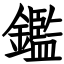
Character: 鑑